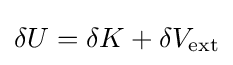
\delta U=\delta K+\delta V_{\mathrm {ext} }